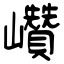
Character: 巑